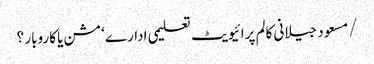
/مسعود جیلانی	کالم	پرائیویٹ تعلیمی ادارے‘مشن یا کاروبار ؟